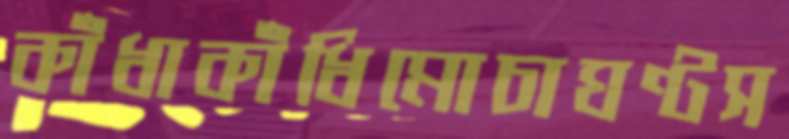
কাঁধাকাঁধিমোচাঘণ্টস